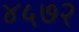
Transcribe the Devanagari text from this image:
४५७२